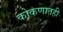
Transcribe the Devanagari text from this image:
कोकणातही